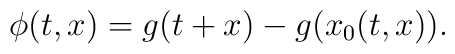
\phi(t,x) = g(t+x) - g(x_0(t,x)).